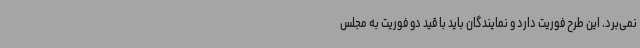
نمی‌برد. این طرح فوریت دارد و نمایندگان باید با قید دو فوریت به مجلس